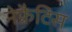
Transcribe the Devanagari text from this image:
नेफ्रैटिस